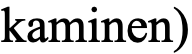
kaminen)